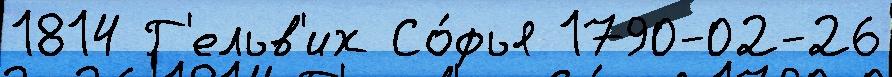
1814 Г'ельв'их Со́фья 1790-02-26